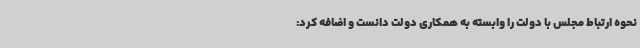
نحوه ارتباط مجلس با دولت را وابسته به همکاری دولت دانست و اضافه کرد: